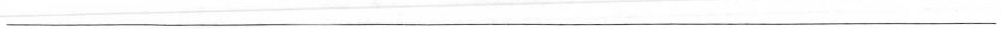
_________